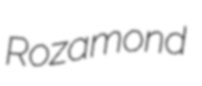
Rozamond